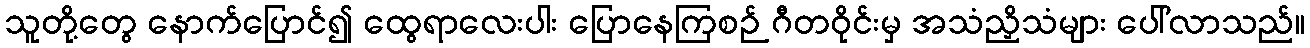
သူတို့တွေ နောက်ပြောင်၍ ထွေရာလေးပါး ပြောနေကြစဉ် ဂီတဝိုင်းမှ အသံညှိသံများ ပေါ်လာသည်။